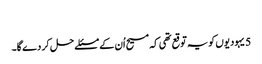
‏
5 یہودیوں کو یہ توقع تھی کہ مسیح اُن کے مسئلے حل کر دے گا۔